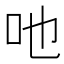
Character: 吔